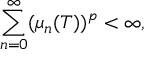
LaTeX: \sum _ { n = 0 } ^ { \infty } ( { \mu } _ { n } ( T ) ) ^ { p } < { \infty } ,